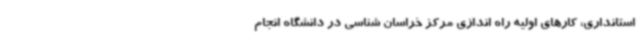
استانداری، کارهای اولیه راه اندازی مرکز خراسان شناسی در دانشگاه انجام